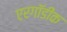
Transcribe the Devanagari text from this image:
एरगॉडीक